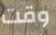
وقت